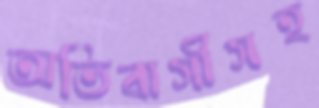
অভিবাসীসহ